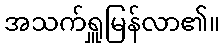
အသက်ရှူမြန်လာ၏။